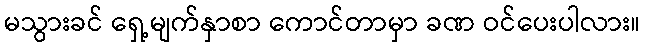
မသွားခင် ရှေ့မျက်နှာစာ ကောင်တာမှာ ခဏ ဝင်ပေးပါလား။